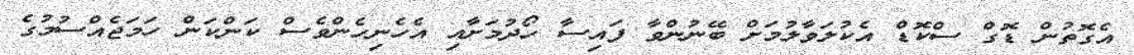
އެގޮތުން ޑޮގް ސްކޮޑް އެކުލަވާލުމަށް ބޭނުންވާ ފައިސާ ހޯދުމަށާއި އެހެނިހެންވެސް ކަންކަން ހަމަޖެއްސުމުގެ